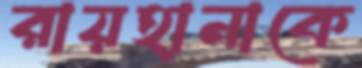
রায়হানাকে